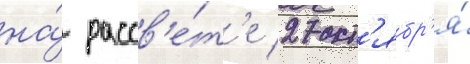
на́ рассв'е́т'е 27 окт'ябр'я́